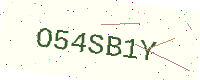
Text: O54SB1Y